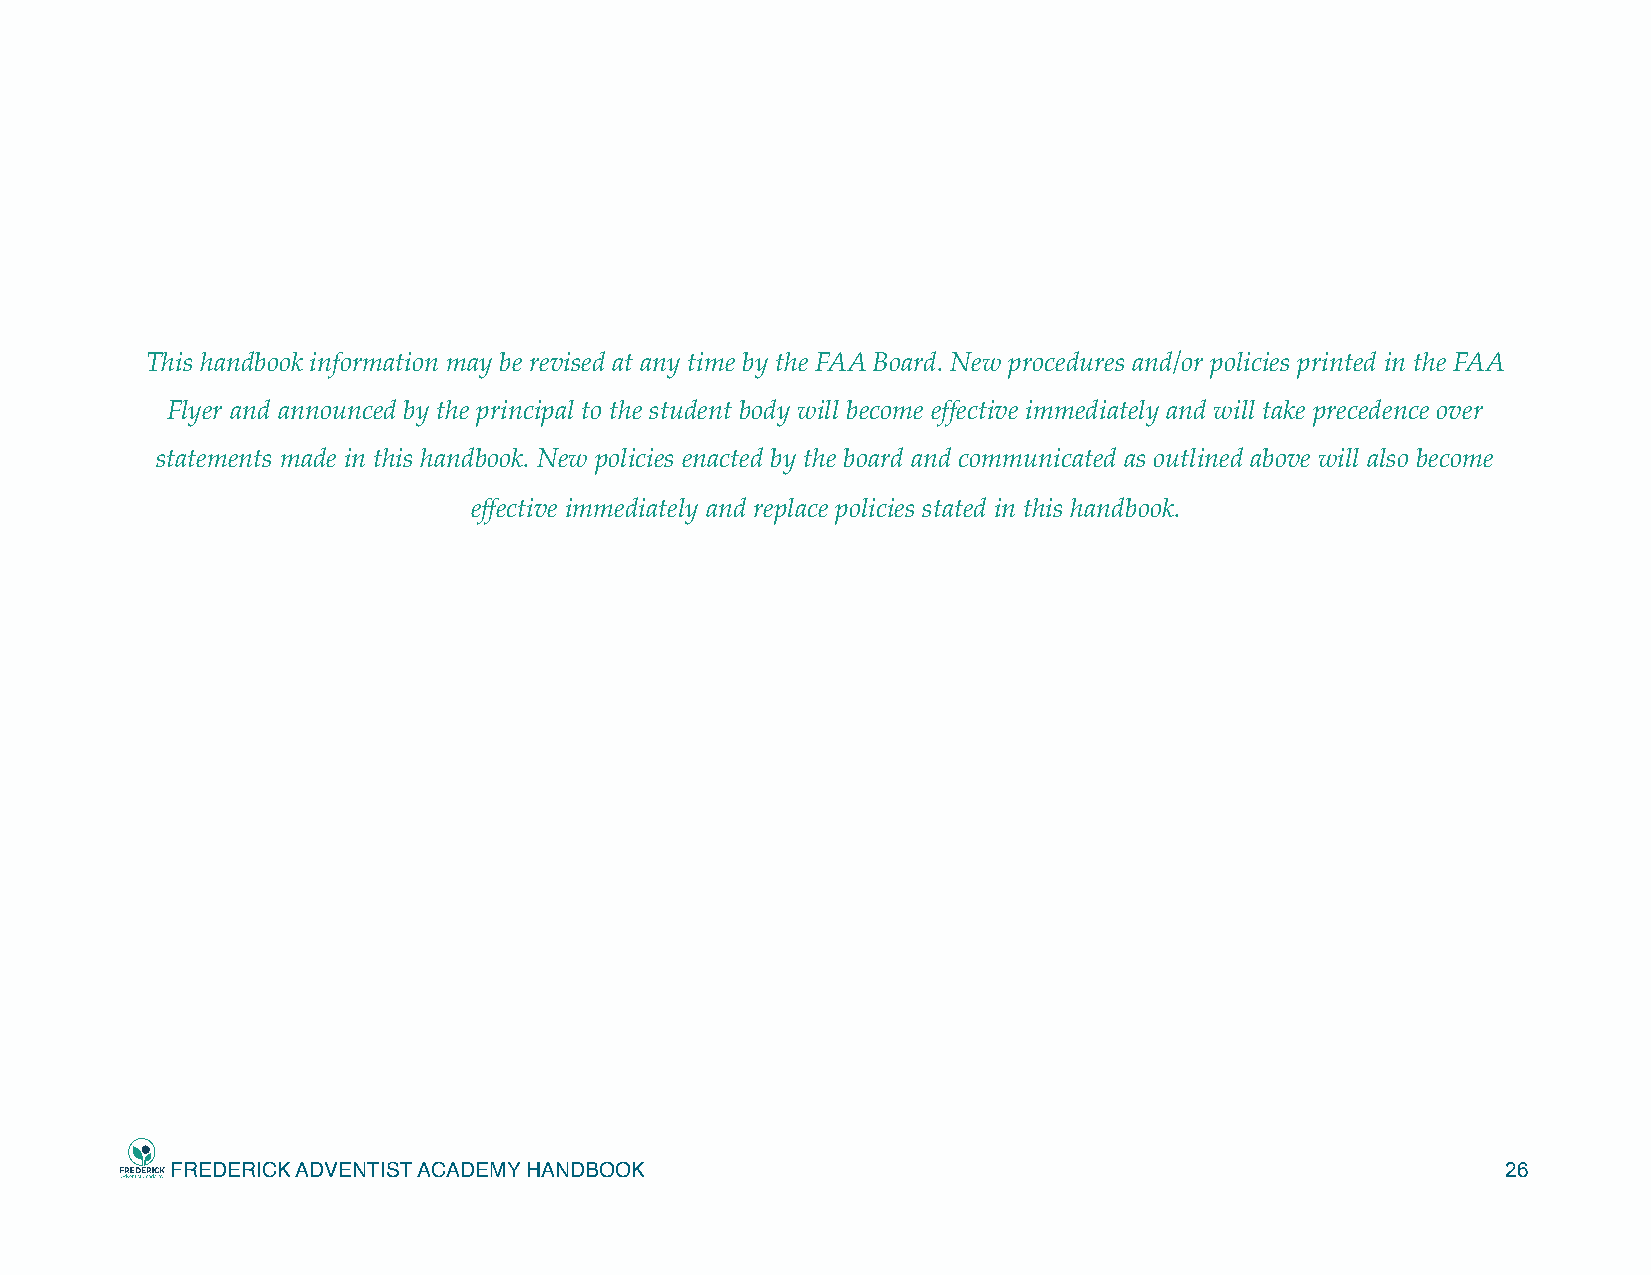
This handbook information may be revised at any time by the FAA Board. New procedures and/or policies printed in the FAA
 Flyer and announced by the principal to the student body will become effective immediately and will take precedence over
 statements made in this handbook. New policies enacted by the board and communicated as outlined above will also become
 effective immediately and replace policies stated in this handbook.
 FREDERICK ADVENTIST ACADEMY HANDBOOK                                                     26